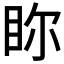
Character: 𥅘